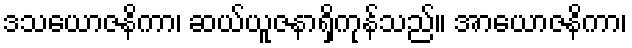
ဒသယောဇနိကာ၊ ဆယ်ယူဇနာရှိကုန်သည်။ အာယောဇနိကာ၊